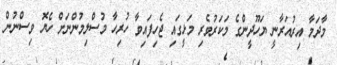
މާދަމާ އިރުއަރާނީ ޔަހޫދީންގެ މަކަރުވެރި މަޅީގައި ޖެހިފައިވާ ހުރިހާ މުސްލިމުންނަށް ހެޔޮ ވިސްނުން